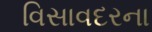
વિસાવદરના